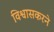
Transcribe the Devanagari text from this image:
विश्वासकरने